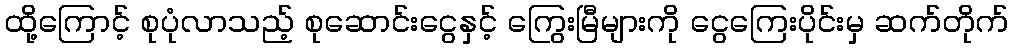
ထို့ကြောင့် စုပုံလာသည့် စုဆောင်းငွေနှင့် ကြွေးမြီများကို ငွေကြေးပိုင်းမှ ဆက်တိုက်